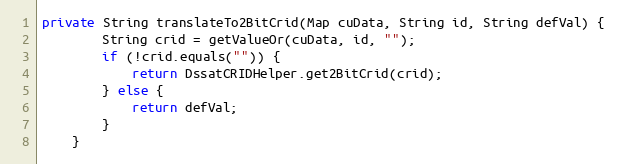
Language: Java
private String translateTo2BitCrid(Map cuData, String id, String defVal) {
        String crid = getValueOr(cuData, id, "");
        if (!crid.equals("")) {
            return DssatCRIDHelper.get2BitCrid(crid);
        } else {
            return defVal;
        }
    }